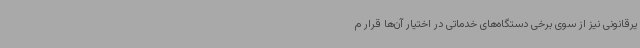
یرقانونی نیز از سوی برخی دستگاه‌های خدماتی در اختیار آن‌ها قرار م